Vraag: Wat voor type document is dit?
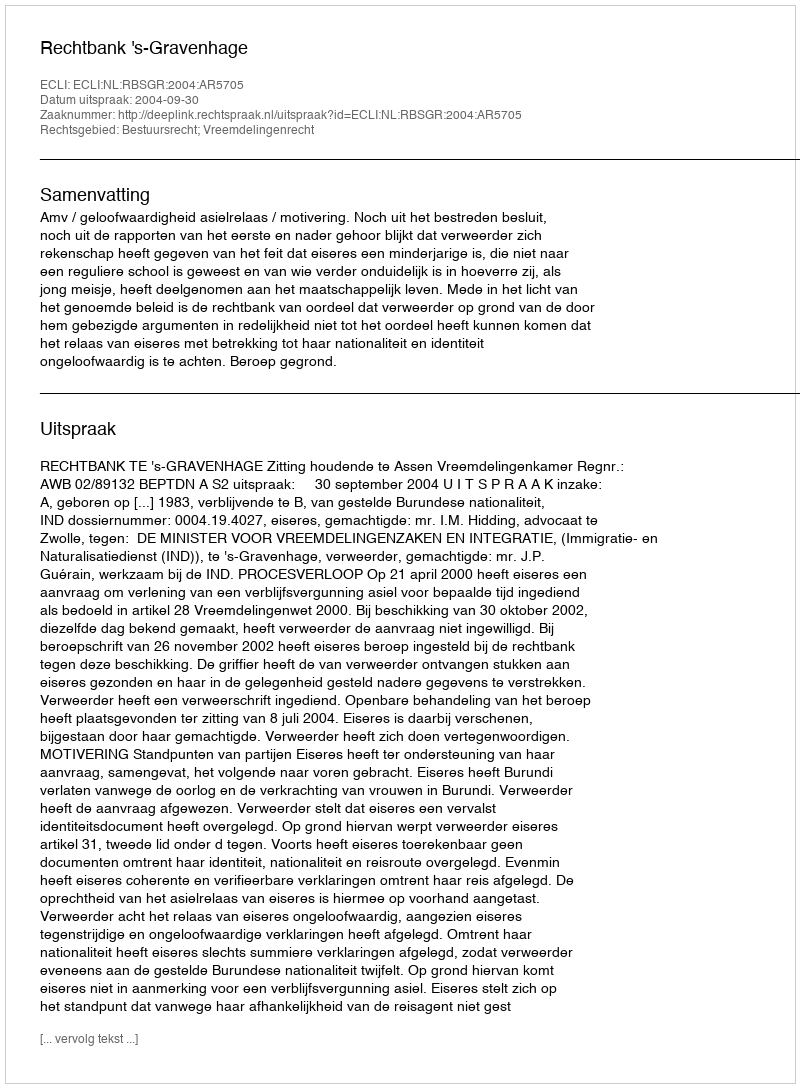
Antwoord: Uitspraak